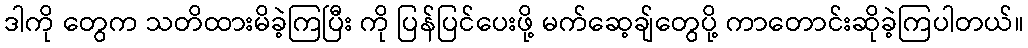
ဒါကို တွေက သတိထားမိခဲ့ကြပြီး ကို ပြန်ပြင်ပေးဖို့ မက်ဆေ့ချ်တွေပို့ ကာတောင်းဆိုခဲ့ကြပါတယ်။